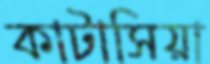
কাটাসিয়া